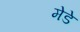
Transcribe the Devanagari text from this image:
मेडे